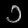
Digit: ၁